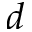
d